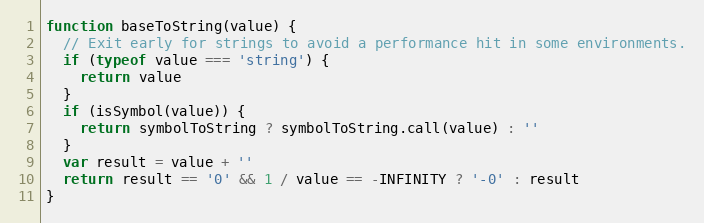
Language: JavaScript
function baseToString(value) {
  // Exit early for strings to avoid a performance hit in some environments.
  if (typeof value === 'string') {
    return value
  }
  if (isSymbol(value)) {
    return symbolToString ? symbolToString.call(value) : ''
  }
  var result = value + ''
  return result == '0' && 1 / value == -INFINITY ? '-0' : result
}